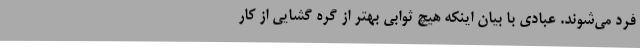
فرد می‌شوند. عبادی با بیان اینکه هیچ ثوابی بهتر از گره گشایی از کار